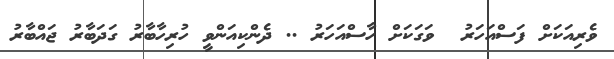
ވެރިއަކަށް ފަސްއަހަރު  ވަގަކަށް ހާސްއަހަރު .. ދެންކިއަންވީ ހުރިހާބާރު ގަދަބާރު ޖައްބާރު